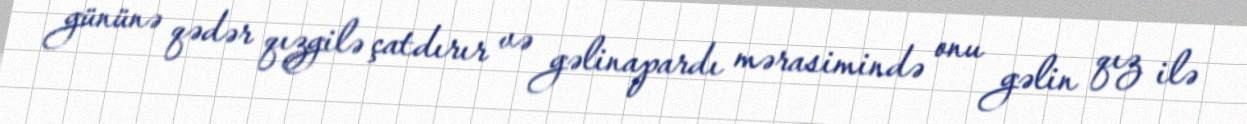
gününə qədər qızgilə çatdırır və gəlinapardı mərasimində onu gəlin qız ilə